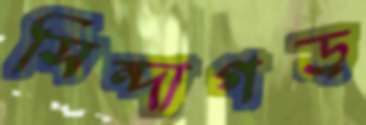
সিন্দাগড়